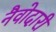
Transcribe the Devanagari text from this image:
नैवोदारी